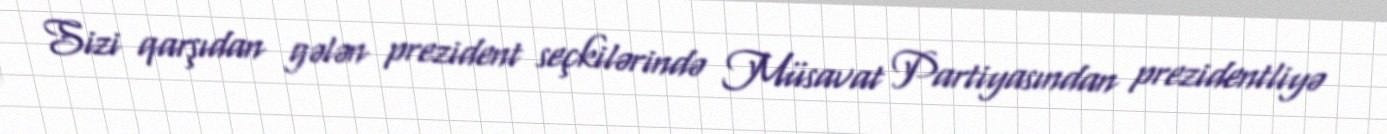
Sizi qarşıdan gələn prezident seçkilərində Müsavat Partiyasından prezidentliyə